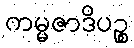
ကမ္မဇာဒိပဉ္စ